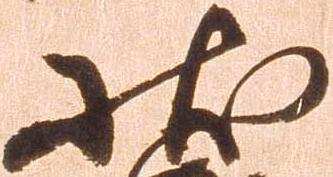
状